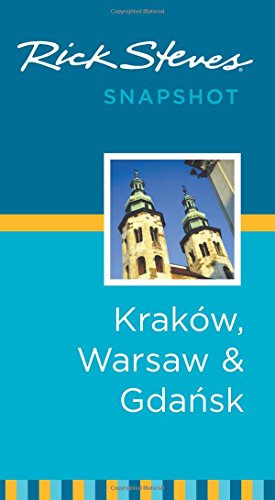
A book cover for Rick Steves Snapshot KrakÃ³w, Warsaw & Gdansk; Rick Steves; Travel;